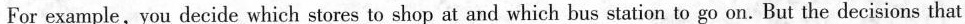
For example, you decide which stores to shop at and which bus station to go on. But the decisions that